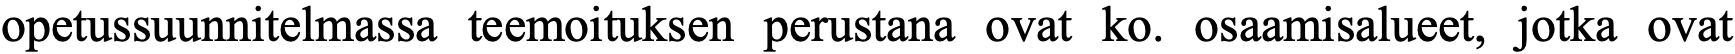
opetussuunnitelmassa teemoituksen perustana ovat ko. osaamisalueet, jotka ovat